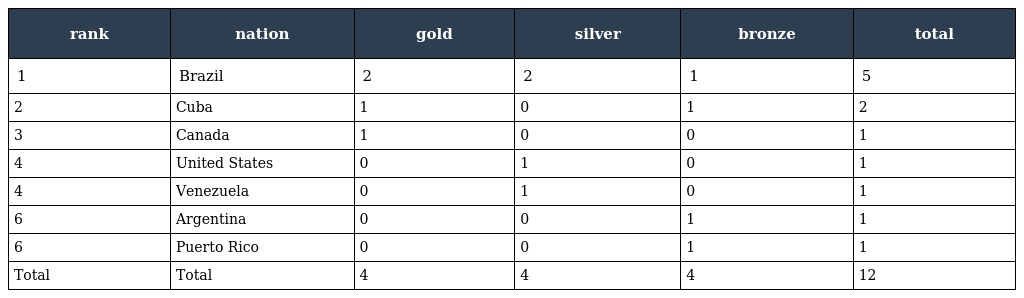
| rank | nation | gold | silver | bronze | total |
 | --- | --- | --- | --- | --- | --- |
 | 1 | Brazil | 2 | 2 | 1 | 5 |
 | 2 | Cuba | 1 | 0 | 1 | 2 |
 | 3 | Canada | 1 | 0 | 0 | 1 |
 | 4 | United States | 0 | 1 | 0 | 1 |
 | 4 | Venezuela | 0 | 1 | 0 | 1 |
 | 6 | Argentina | 0 | 0 | 1 | 1 |
 | 6 | Puerto Rico | 0 | 0 | 1 | 1 |
 | Total | Total | 4 | 4 | 4 | 12 |